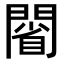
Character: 𨵥